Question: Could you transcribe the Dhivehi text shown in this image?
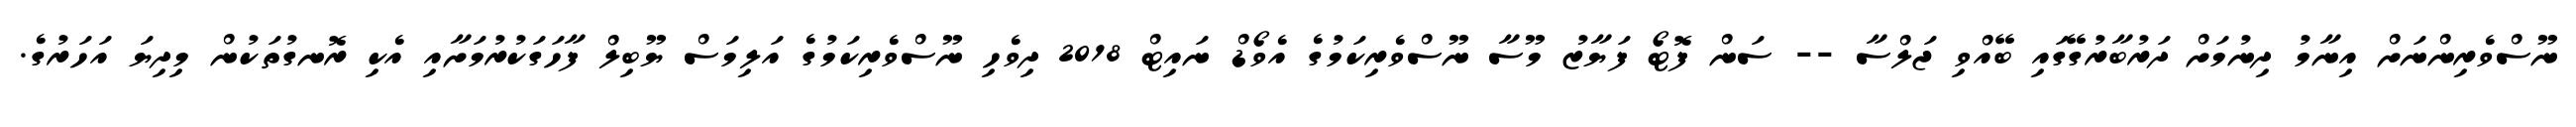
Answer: ނޫސްވެރިންނަށް އިނާމު ދިނުމަށް ދަރުބާރުގޭގައި ބޭއްވި ޖަލްސާ -- ސަން ފޮޓޯ ފަޔާޒު މޫސާ ނޫސްވެރިކަމުގެ އެވޯޑް ނައިޓް 2018 ދިވެހި ނޫސްވެރިކަމުގެ އަލިމަސް ޔޫބިލް ފާހަގަކުރުމަށާއި އެކި ރޮނގުތަކުން މިދިޔަ އަހަރުގެ.